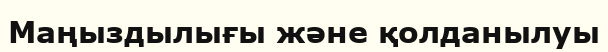
Маңыздылығы және қолданылуы